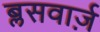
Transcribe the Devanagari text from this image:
ब्लसवार्ज़